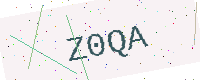
Text: Z0QA